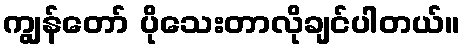
ကျွန်တော် ပိုသေးတာလိုချင်ပါတယ်။